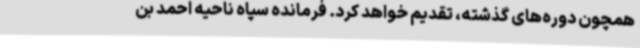
همچون دوره‌های گذشته، تقدیم خواهد کرد. فرمانده سپاه ناحیه احمد بن